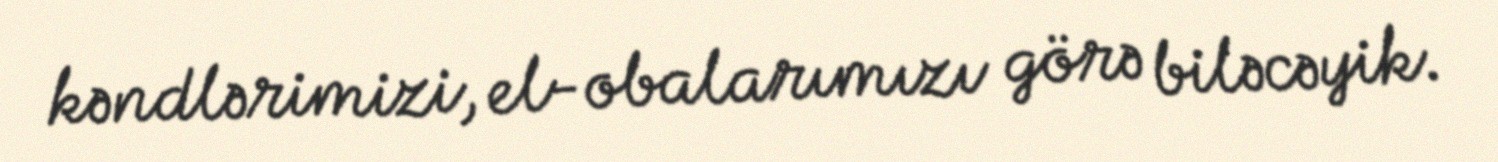
kəndlərimizi, el-obalarımızı görə biləcəyik.